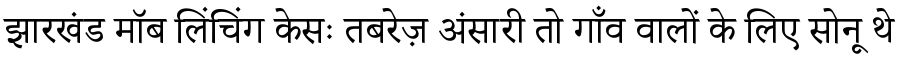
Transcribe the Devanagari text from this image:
झारखंड मॉब लिंचिंग केसः तबरेज़ अंसारी तो गाँव वालों के लिए सोनू थे